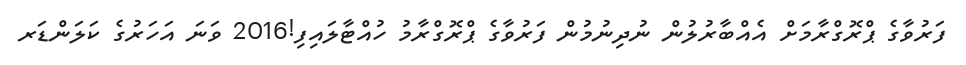
ފަރުވާގެ ޕްރޮގްރާމަށް އެއްބާރުލުން ނުދިނުމުން ފަރުވާގެ ޕްރޮގްރާމު ހުއްޓާލައިފި!2016 ވަނަ އަހަރުގެ ކަލަންޑަރ